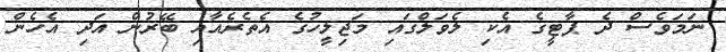
ނަމަވެސް ދެ ޕާޓީގެ އެކި ލެވަލްގައި މަޖިލީހުގެ އެތެރެއާއި ބޭރުން އަދި އެހެން